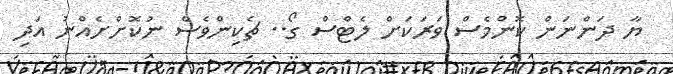
ޔާ ދަންނަން ކޮންމެސް ވަރަކަށް ލެޓްސް ގޯ.. ޗެކިންވެސް ނުކޮށްށެއްނު އަދި